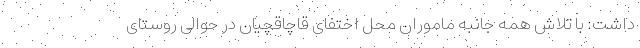
داشت: با تلاش همه جانبه ماموران محل اختفای قاچاقچیان در حوالی روستای